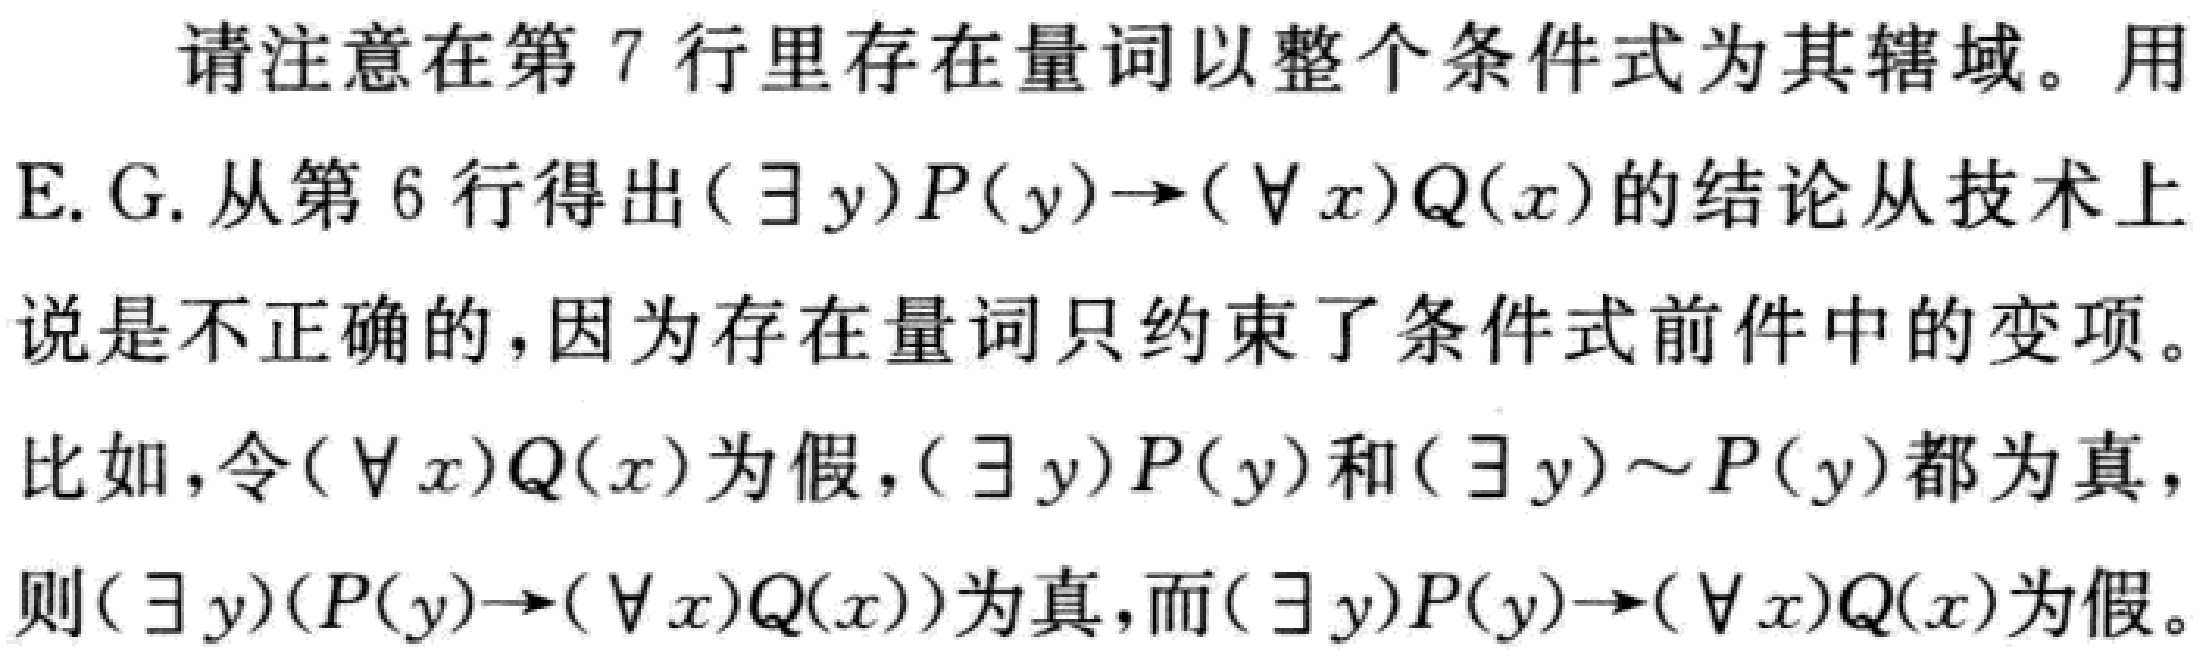
请注意在第 7 行里存在量词以整个条件式为其辖域。用
E. G. 从第 6 行得出$(\exists y)P(y)\to(\forall x)Q(x)$的结论从技术上
说是不正确的，因为存在量词只约束了条件式前件中的变项。
比如，令$(\forall x)Q(x)$为假，$(\exists y)P(y)$和$(\exists y)\sim P(y)$都为真，
则$(\exists y)(P(y)\to(\forall x)Q(x))$为真，而$(\exists y)P(y)\to(\forall x)Q(x)$为假。